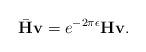
LaTeX: \begin{align*}\bar{\mathbf{H}}\mathbf{v}=e^{-2\pi\epsilon}\mathbf{H}\mathbf{v}.\end{align*}